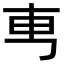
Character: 𠃫